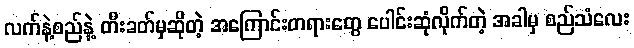
လက်နဲ့စည်နဲ့ တီးခတ်မှဆိုတဲ့ အကြောင်းတရားတွေ ပေါင်းဆုံလိုက်တဲ့ အခါမှ စည်သံလေး